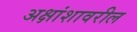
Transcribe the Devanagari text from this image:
अक्षांशावरील